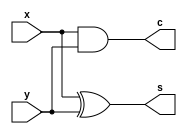
`timescale 1ns/10ps
module halfadder(x,y,s,c);
input x,y;
output s,c;
xor  (s,x,y);
and  (c,x,y);
endmodule